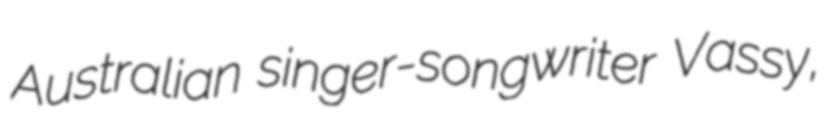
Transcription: Australian singer-songwriter Vassy,